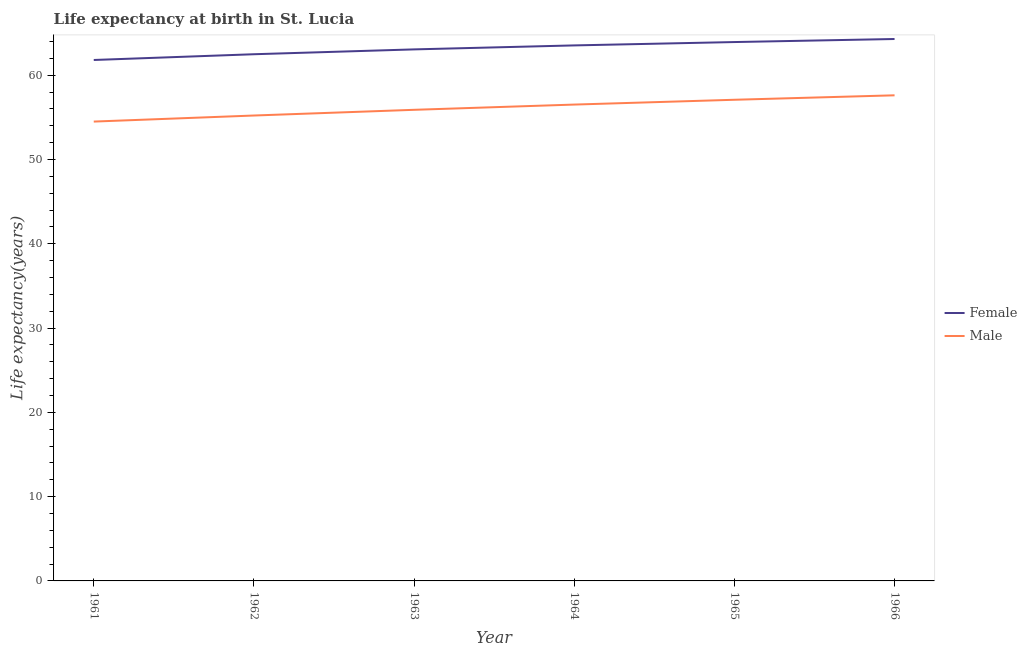
| Year | Female | Male |
 | --- | --- | --- |
 | 1961 | 61.8 | 54.5 |
 | 1962 | 62.5 | 55.2 |
 | 1963 | 63.1 | 55.9 |
 | 1964 | 63.5 | 56.5 |
 | 1965 | 63.9 | 57.1 |
 | 1966 | 64.3 | 57.6 |